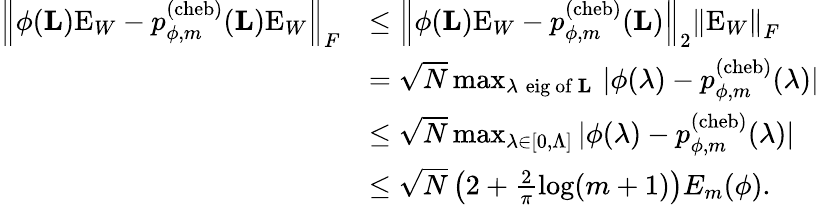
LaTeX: \begin{array}{rl}{\left\| \phi(\mathbf{L})\mathrm{E}_{W}-p_{\phi,m}^{(\mathrm{cheb})}(\mathbf{L})\mathrm{E}_{W}\right\| _{F}}&{\leq\left\| \phi(\mathbf{L})\mathrm{E}_{W}-p_{\phi,m}^{(\mathrm{cheb})}(\mathbf{L})\right\| _{2}\left\| \mathrm{E}_{W}\right\| _{F}}\\ &{=\sqrt{N}\operatorname*{max}_{\lambda\; \mathrm{eig~of~\mathbf{L}~}}|\phi(\lambda)-p_{\phi,m}^{(\mathrm{cheb})}(\lambda)|}\\ &{\leq\sqrt{N}\operatorname*{max}_{\lambda\in[0,\Lambda]}|\phi(\lambda)-p_{\phi,m}^{(\mathrm{cheb})}(\lambda)|}\\ &{\leq\sqrt{N}\left(2+\textstyle\frac{2}{\pi}\log(m+1)\right)E_{m}(\phi).}\end{array}